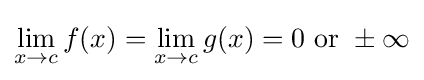
\lim _{x\to c}f(x)=\lim _{x\to c}g(x)=0{\text{ or }}\pm \infty